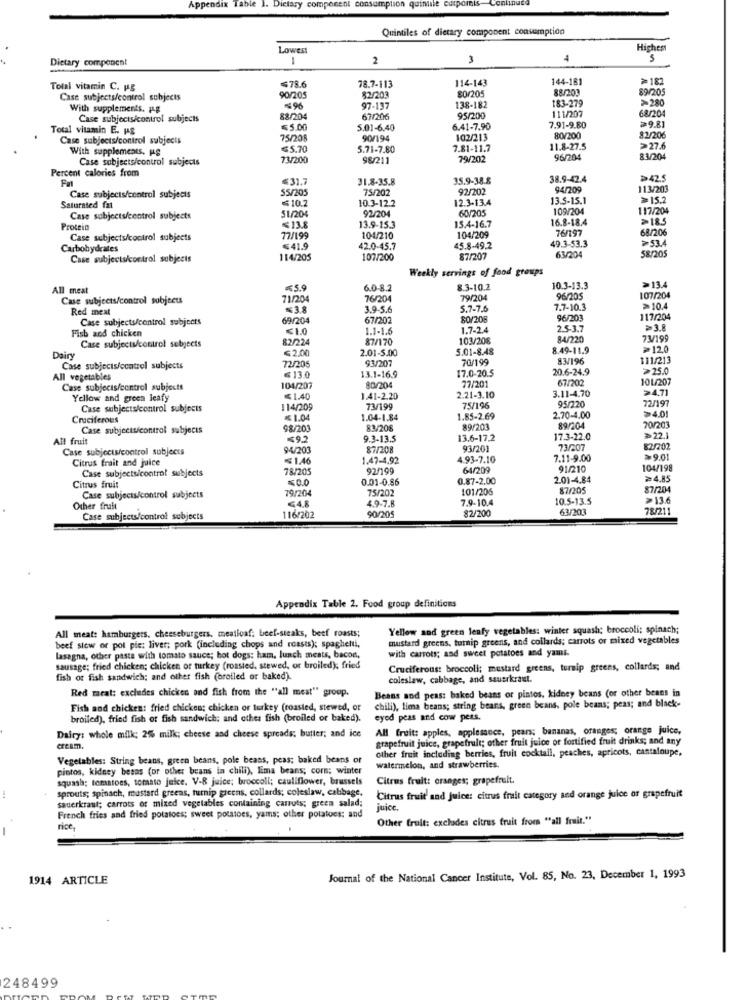
Table
at consumption quintile cuiports
Continuco
Appendix
Dietary
compone
Quintiles of dietary component consumption
Lowest
Highest
Dietary component
-
2
5
114-143
144-181
≥182
Tolal vitamin C. pB
$78.6
78.7-113
88/203
89/205
Case subjects/control subjects
90/205
$2/203
80/205
183-279
> 280
With supplements. g
97-137
138-182
111/207
68/204
Case subjects/control subjects
88/204
67/206
95/200
Total vitamin E. HE
€5.00
5.01-6.40
6.41-7.90
7.91-9.80
>9.81
Case subjects/control subjects
90/194
102/213
80/200
82/206
With supplements. PS
≤5.70
5.71-7.80
7.81-11.7
11.8-27.5
>27.6
Case subjects/control subjects
73/200
98/211
79/202
96/204
83/204
Percent calories from
≤31.7
31.8-35.8
35.9-38.8
38.9-42.4
>42.5
55/205
75/202
92/202
94/209
113/203
Case subjects/control subjects
≤10.2
10.3-12.2
12.3-13.4
13.5-15.1
>15.2
Saturated fat
51/204
92/204
60/205
109/204
117/204
Case subjects/centrol subjects
15.4-16.7
16.8-18.4
>18.5
Protein
13.9-15.3
76/197
38/206
Case subjects/control subjects
77/199
104/210
104/209
49.3-53.3
>53.4
Carbohydrates
€41.9
42.0-45.7
45.8-49.2
5&/205
Case subjects/control subjects
114/205
107/200
87/207
63/204
Weekly servings of food groups
All meat
₹5.9
6.0-8.2
8.3-10.2
10.3-13.3
>13.4
Case subjects/control subjects
71/204
76/204
79/204
96/205
107/204
Red meat
≤3.8
3.9-5.6
5.7-7.6
7.7-10.3
>10.4
Case subjects/control subjects
69/204
67/202
80/208
96/203
117/20
Fish and chicken
€ 1.0
1.1-1.6
1.7-2.4
2.5-3.7
≥3.8
82/224
87/170
103/208
84/220
7V/199
Case subjects/control subjects
≤2.00
2.01-5.00
5.01-8.48
8.49-11.9
≥12,0
Dairy
93/207
70/199
83/196
111/213
Case subjects/ecatrel subjects
72/205
13.1-16.9
17.0-20.5
20.6-24.9
>25.0
All vegetables
613.0
77/201
67/202
101/207
Case subjects/control subjects
104/207
80/204
>4.71
Yellow and green leafy
≤1.40
1.41-2.20
2.21-3.10
3.11-4.70
Case subjects/control subjects
114/209
73/199
75/196
95/220
72/197
>4.01
Crociferous
≤ 1.04
1.04-1.84
1.85-2.69
2.70-4.00
Case subjects/control subjects
98/203
83/208
89/203
89/204
70/203
All fruit
≤9.2
9.3-13.5
13.6-17,2
17.3-22.0
≥22.1
Case subjects/control subjects
94/20
87/208
93/201
73/207
82/202
Citrus frait and juice
≤1.46
1.47-4,92
4 93-7.10
7.11-9.00
>9.01
Case subjects/control subjects
78/205
92/199
64/209
91/210
104/198
≤0.0
0.01-0.86
0.87-2.00
2.01-4.84
≥4.85
Citrus fruit
Case subjects/control subjects
79/204
75/202
101/206
87/205
87/204
€4.8
7.9-10.4
10.5-13.5
>136
Other fruit
4.9-7.8
63/203
78/211
Case subjects/control subjects
116/202
90/205
82/200
Appendix Table 2. Food group definitions
All meat: hamburgers, cheeseburgers, meatloaf: beef-steaks, beef roasts;
Yellow and green leafy vegetables: winter squash; broccoli; spinach;
mustard greens, turnip greens, and collards; carrots or mixed vegetables
beef stew or pot pie; liver; pork (including chops and roasts); spaghetti,
with carrots; and sweet potatoes and yami.
lasagna, other pasta with tomato sauce; hot dogs: ham. lunch meats, bacon,
sausage; fried chicken; chicken or turkey (roasted, stewed, or broiled), fried
Cruciferous: broccoli; mustard greens, turnip greens, collards; and
fish or fish sandwich; and other fish (orolled or baked).
coleslaw, cabbage, and sauerkraut.
Red meat: excludes chicken and fish from the "all meat" group.
Beans and peas: baked beans or pintos, kidney beans (or other beans in
Fish and chicken: fried chicken; chicken or turkey (roasted, stewed, or
chili), lima beans; string beans, green beans, pole beans; peas; and black-
broiled), fried fish of fish sandwich: and other fish (broiled or baked).
eyed peas and cow pens.
All fruit: apples, applesauce, pears; bananas, oranges; orange juice,
Dairy: whole milk; 2% milk; cheese and cheese spreads; butter; and ice
grapefruit juice, grapefruit; other fruit juice or fortified fruit drinks; and any
cream.
other fruit including berries, fruit cocktail, peaches, apricots, cantaloupe,
Vegetables: String beans, green beans, pole beans, peas; baked beans or
pintos, kidney besas (or other beans in chili), lima beans; cors; winter
watermelon, and strawberries.
squash; tomatoes, tomato juice. V-8 juice; broccoli; cauliflower, brussels
Citrus fruit: oranges; grapefruit.
sprouts; spinach, mustard greens, turnip greens, collards; coleslaw, cabbage,
sauerkraut; carrots of mixed vegetables containing canuts; green salad;
Citrus fruit and Juice: citrus fruit category and orange juice or grapefruit
juice.
French fries and fried potatoes; sweet potatoes, yams: other potatoes: and
Other fruit: excludes citrus fruit from ""all fruit."
rice,
1914 ARTICLE
Journal of the National Cancer Institute, Vol. 85, No. 23, December 1, 1993
248499